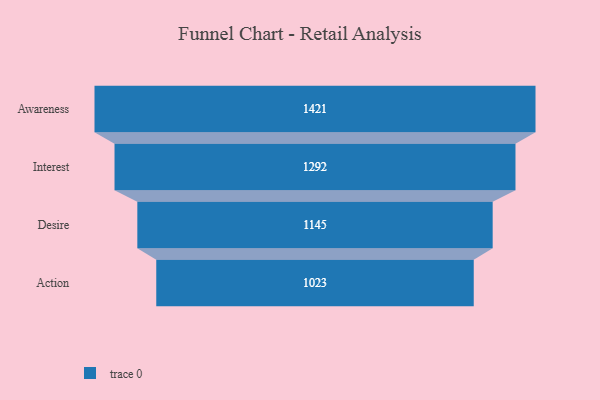
{"axis": {"x": "Stage", "y": "Value"}, "legend": [""], "data": [{"x": "Awareness", "y": 1421.0, "type": ""}, {"x": "Interest", "y": 1292.0, "type": ""}, {"x": "Desire", "y": 1145.0, "type": ""}, {"x": "Action", "y": 1023.0, "type": ""}]}